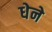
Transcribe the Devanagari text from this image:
धेने